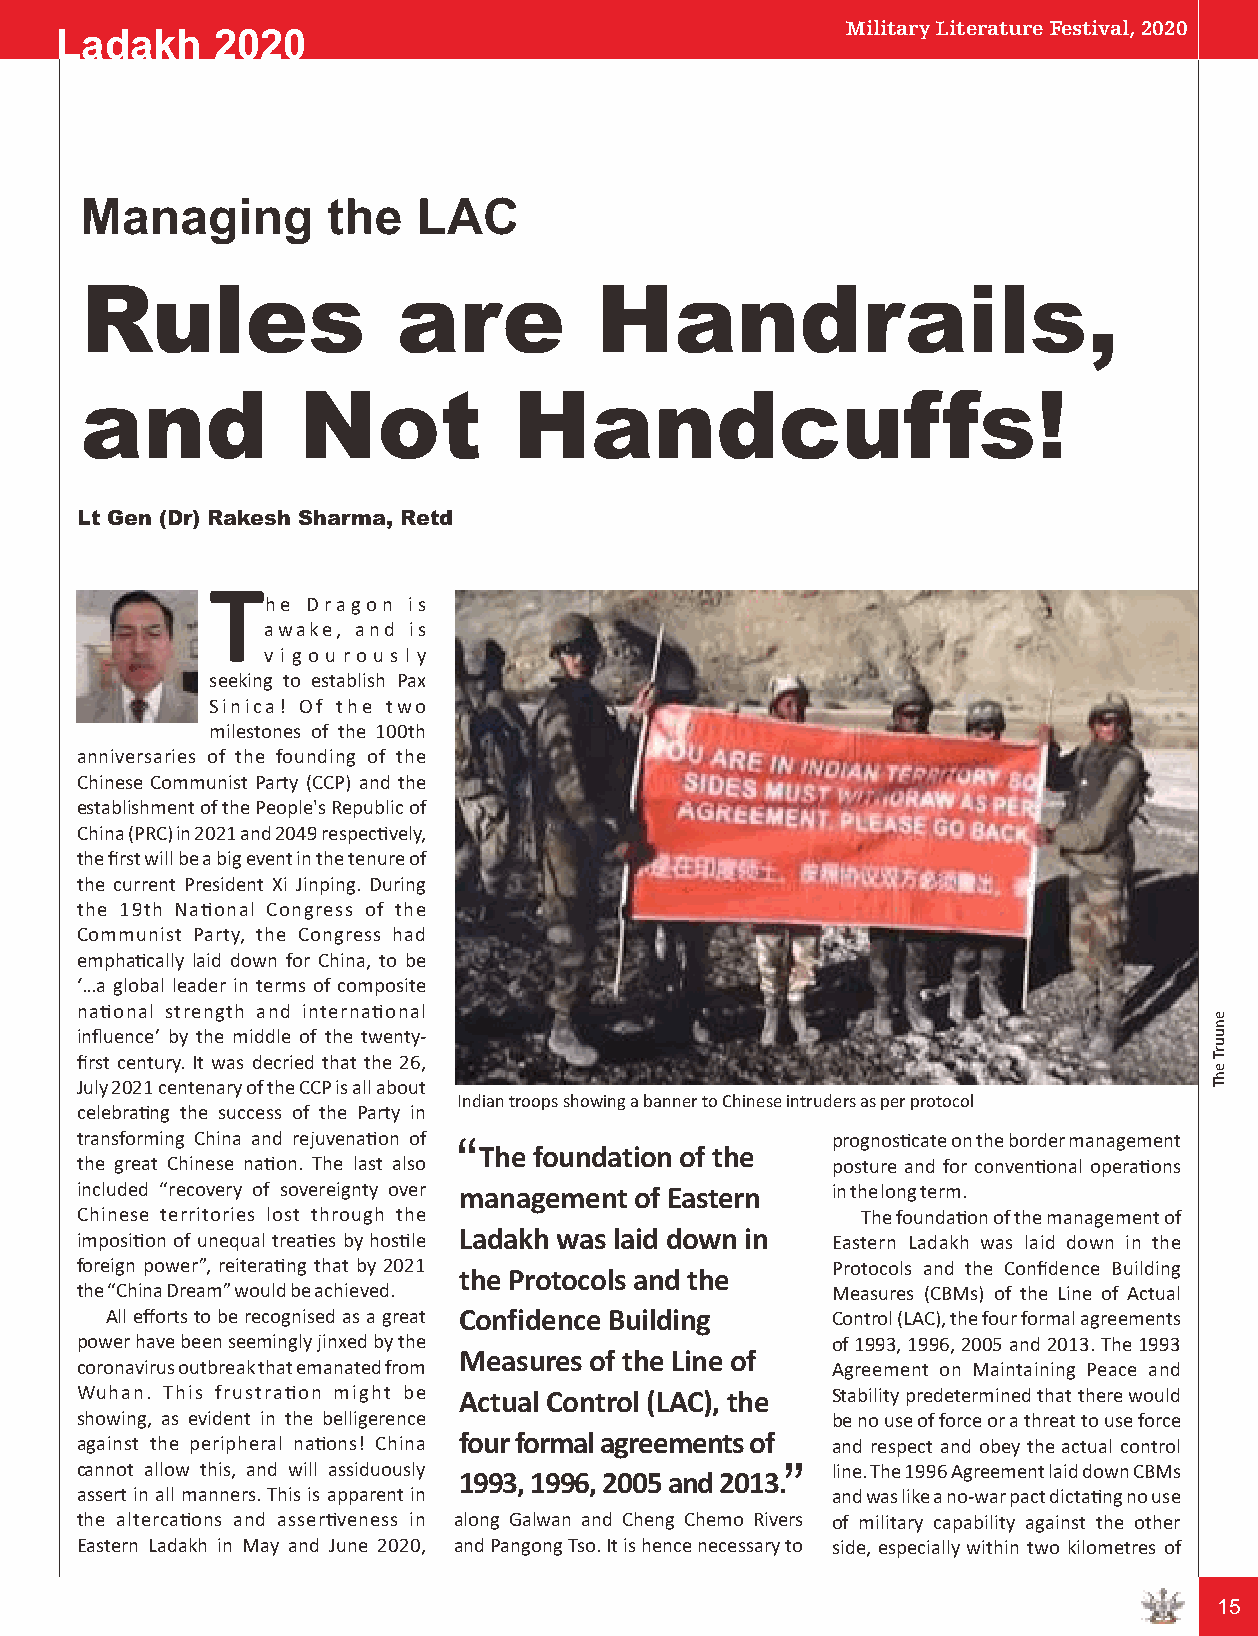
Military Literature Festival, 2020
 Ladakh    2020
 Managing         the  LAC
 Rules                are          Handrails,
 and            Not           Handcuffs!
 Lt Gen (Dr) Rakesh Sharma, Retd
 T
 he Dragon is
 awake, and is
 v i g o u ro u s l y
 seeking to establish Pax
 Sinica! Of the two
 milestones of the 100th
 anniversaries of the founding of the
 Chinese Communist Party (CCP) and the
 establishment of the People's Republic of
 China (PRC) in 2021 and 2049 respecvely,
 the first will be a big event in the tenure of
 the current President Xi Jinping. During
 the 19th Naonal Congress of the
 Communist Party, the Congress had
 emphacally laid down for China, to be
 ‘…a global leader in terms of composite
 naonal strength and internaonal
 influence’ by the middle of the twenty-
 first century. It was decried that the 26,
 July 2021 centenary of the CCP is all about
 Indian troops showing a banner to Chinese intruders as per protocol
 celebrang the success of the Party in
 transforming China and rejuvenaon of “           prognoscate on the border management
 The foundation of the
 the great Chinese naon. The last also            posture and for convenonal operaons
 included “recovery of sovereignty over management of Eastern in the long term.
 Chinese territories lost through the                The foundaon of the management of
 imposion of unequal treaes by hosle Ladakh was laid down in Eastern Ladakh was laid down in the
 foreign power”, reiterang that by 2021           Protocols and the Confidence Building
 the Protocols and the
 the “China Dream” would be achieved.              Measures (CBMs) of the Line of Actual
 All efforts to be recognised as a great Confidence Building Control (LAC), the four formal agreements
 power have been seemingly jinxed by the           of 1993, 1996, 2005 and 2013. The 1993
 Measures of the Line of
 coronavirus outbreak that emanated from           Agreement on Maintaining Peace and
 Wuhan. This frustraon might be Actual Control (LAC), the Stability predetermined that there would
 showing, as evident in the belligerence        “  be no use of force or a threat to use force
 against the peripheral naons! China four formal agreements of and respect and obey the actual control
 cannot allow this, and will assiduously           line. The 1996 Agreement laid down CBMs
 1993, 1996, 2005 and 2013.
 assert in all manners. This is apparent in        and was like a no-war pact dictang no use
 the altercaons and asserveness in along Galwan and Cheng Chemo Rivers of military capability against the other
 Eastern Ladakh in May and June 2020, and Pangong Tso. It is hence necessary to side, especially within two kilometres of
 15
 enuurT
 ehT